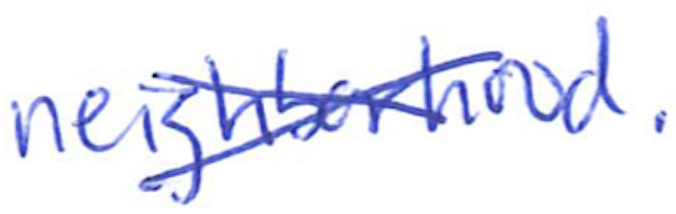
Text: neighborhood.
Cross-out: cross
Writing tool: ballpoint